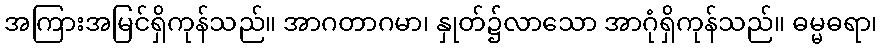
အကြားအမြင်ရှိကုန်သည်။ အာဂတာဂမာ၊ နှုတ်၌လာသော အာဂုံရှိကုန်သည်။ ဓမ္မဓရာ၊